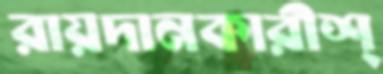
রায়দানকারীশ্